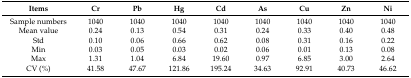
<table><thead><tr><td><b>Items</b></td><td><b>Cr</b></td><td><b>Pb</b></td><td><b>Hg</b></td><td><b>Cd</b></td><td><b>As</b></td><td><b>Cu</b></td><td><b>Zn</b></td><td><b>Ni</b></td></tr></thead><tbody><tr><td>Sample numbers</td><td>1040</td><td>1040</td><td>1040</td><td>1040</td><td>1040</td><td>1040</td><td>1040</td><td>1040</td></tr><tr><td>Mean value</td><td>0.24</td><td>0.13</td><td>0.54</td><td>0.31</td><td>0.24</td><td>0.33</td><td>0.40</td><td>0.48</td></tr><tr><td>Std</td><td>0.10</td><td>0.06</td><td>0.66</td><td>0.62</td><td>0.08</td><td>0.31</td><td>0.16</td><td>0.22</td></tr><tr><td>Min</td><td>0.03</td><td>0.05</td><td>0.03</td><td>0.02</td><td>0.06</td><td>0.01</td><td>0.13</td><td>0.08</td></tr><tr><td>Max</td><td>1.31</td><td>1.04</td><td>6.84</td><td>19.60</td><td>0.97</td><td>6.85</td><td>3.00</td><td>2.64</td></tr><tr><td>CV (%)</td><td>41.58</td><td>47.67</td><td>121.86</td><td>195.24</td><td>34.63</td><td>92.91</td><td>40.73</td><td>46.62</td></tr></tbody></table>